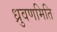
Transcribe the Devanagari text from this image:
ध्रुवणमिति